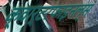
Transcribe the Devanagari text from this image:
क्वार्टरफाइनल्स